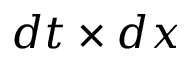
d t \times d x